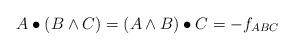
LaTeX: \begin{align*}A \bullet ( B \wedge C ) = (A \wedge B) \bullet C = -f_{ABC}\end{align*}